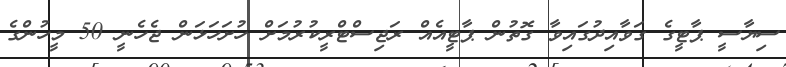
ސިޔާސީ ޕާޓީގެ ގަވާއިދުގައިވާ ގޮތުން ޕާޓީއެއް ރަޖިސްޓްރީކުރުމަށް ހުށަހަޅަން ޖެހެނީ 50 މީހުންގެ